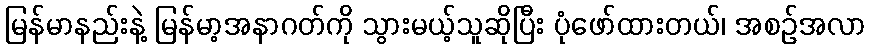
မြန်မာနည်းနဲ့ မြန်မာ့အနာဂတ်ကို သွားမယ့်သူဆိုပြီး ပုံဖော်ထားတယ်၊ အစဉ်အလာ